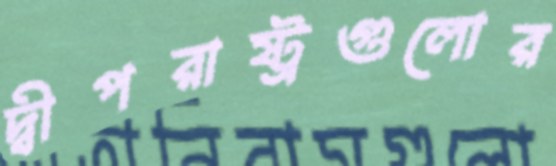
দ্বীপরাষ্ট্রগুলোর